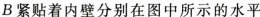
B紧贴着内壁分别在图中所示的水平